Annual report on the working of the lock hospitals in the North-Western Provinces and Oudh
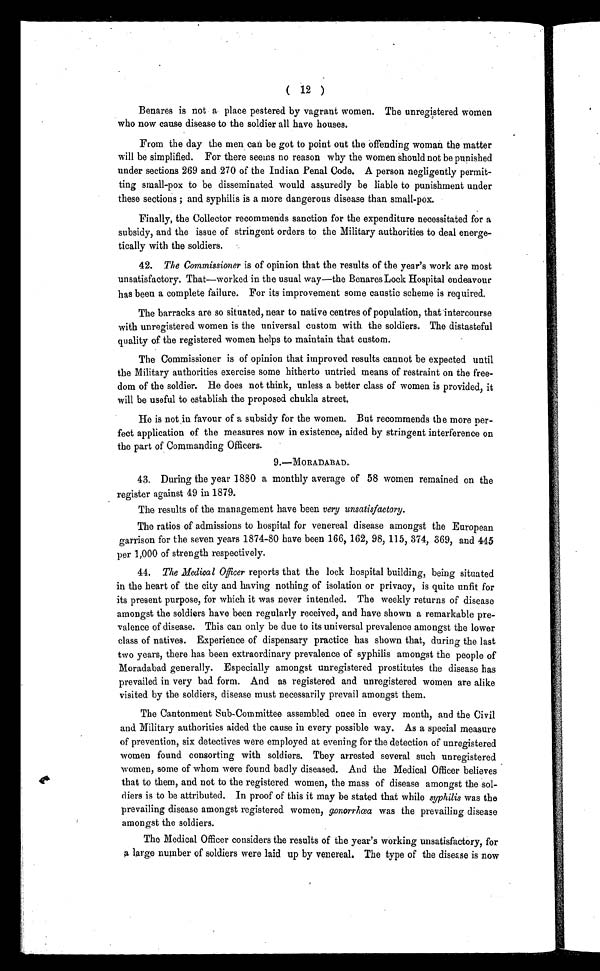
( 12 )
Benares is not a place pestered by vagrant women. The unregistered women
who now cause disease to the soldier all have houses.
From the day the men can be got to point out the offending woman the matter
will be simplified. For there seems no reason why the women should not be punished
under sections 269 and 270 of the Indian Penal Code. A person negligently permit-
ting small-pox to be disseminated would assuredly be liable to punishment under
these sections ; and syphilis is a more dangerous disease than small-pox.
Finally, the Collector recommends sanction for the expenditure necessitated for a
subsidy, and the issue of stringent orders to the Military authorities to deal energe-
tically with the soldiers.
42. The Commissioner is of opinion that the results of the year's work are most
unsatisfactory. That—worked in the usual way—the Benares Lock Hospital endeavour
has been a complete failure. For its improvement some caustic scheme is required.
The barracks are so situated, near to native centres of population, that intercourse
with unregistered women is the universal custom with the soldiers. The distasteful
quality of the registered women helps to maintain that custom.
The Commissioner is of opinion that improved results cannot be expected until
the Military authorities exercise some hitherto untried means of restraint on the free-
dom of the soldier. He does not think, unless a better class of women is provided, it
will be useful to establish the proposed chukla street.
He is not in favour of a subsidy for the women. But recommends the more per-
fect application of the measures now in existence, aided by stringent interference on
the part of Commanding Officers.
9.—MORADABAD.
43. During the year 1880 a monthly average of 58 women remained on the
register against 49 in 1879.
The results of the management have been very unsatisfactory.
The ratios of admissions to hospital for venereal disease amongst the European
garrison for the seven years 1874-80 have been 166, 162, 98, 115, 374, 369, and 445
per 1,000 of strength respectively.
44. The Medical Officer reports that the lock hospital building, being situated
in the heart of the city and having nothing of isolation or privacy, is quite unfit for
its present purpose, for which it was never intended. The weekly returns of disease
amongst the soldiers have been regularly received, and have shown a remarkable pre-
valence of disease. This can only be due to its universal prevalence amongst the lower
class of natives. Experience of dispensary practice has shown that, during the last
two years, there has been extraordinary prevalence of syphilis amongst the people of
Moradabad generally. Especially amongst unregistered prostitutes the disease has
prevailed in very bad form. And as registered and unregistered women are alike
visited by the soldiers, disease must necessarily prevail amongst them.
The Cantonment Sub-Committee assembled once in every month, and the Civil
and Military authorities aided the cause in every possible way. As a special measure
of prevention, six detectives were employed at evening for the detection of unregistered
women found consorting with soldiers. They arrested several such unregistered
women, some of whom were found badly diseased. And the Medical Officer believes
that to them, and not to the registered women, the mass of disease amongst the sol-
diers is to be attributed. In proof of this it may be stated that while syphilis was the
prevailing disease amongst registered women, gonorrhœa was the prevailing disease
amongst the soldiers.
The Medical Officer considers the results of the year's working unsatisfactory, for
a large number of soldiers were laid up by venereal. The type of the disease is now